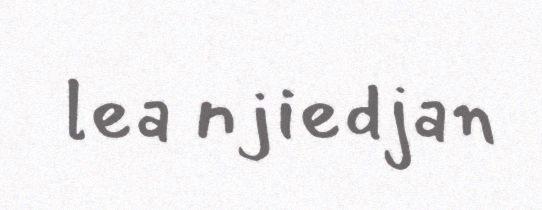
lea njiedjan